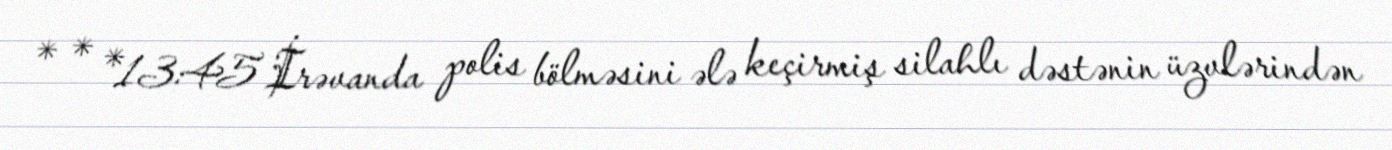
* * *13:45 İrəvanda polis bölməsini ələ keçirmiş silahlı dəstənin üzvlərindən